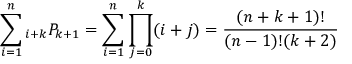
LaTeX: \sum _ { i = 1 } ^ { n } { } _ { i + k } P _ { k + 1 } = \sum _ { i = 1 } ^ { n } \prod _ { j = 0 } ^ { k } ( i + j ) = { \frac { ( n + k + 1 ) ! } { ( n - 1 ) ! ( k + 2 ) } }